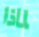
لماذا